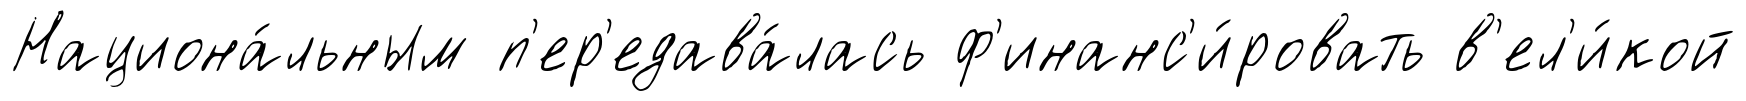
Национа́льным п'ер'едава́лась ф'инанс'и́ровать в'ел'и́кой